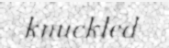
knuckled